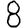
Digit: 8